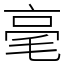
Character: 毫